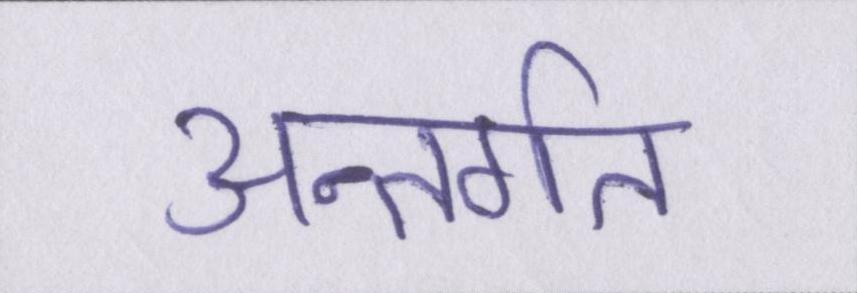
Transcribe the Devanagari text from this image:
अन्तर्गत